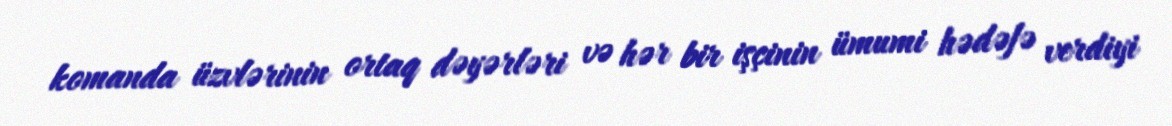
komanda üzvlərinin ortaq dəyərləri və hər bir işçinin ümumi hədəfə verdiyi